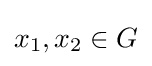
x_{1},x_{2}\in G